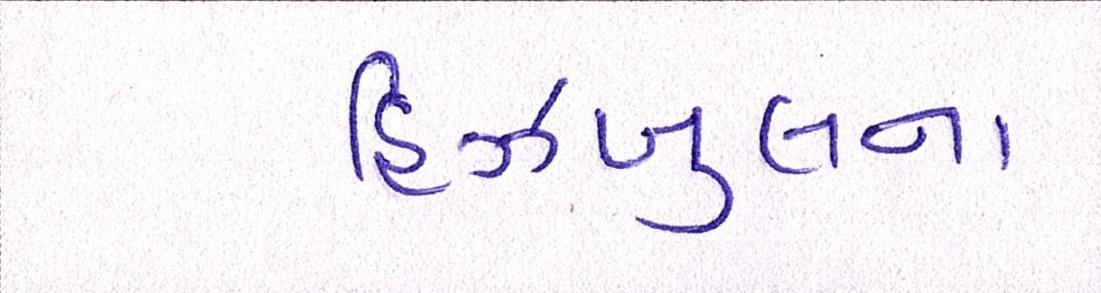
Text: હિઝબુલના